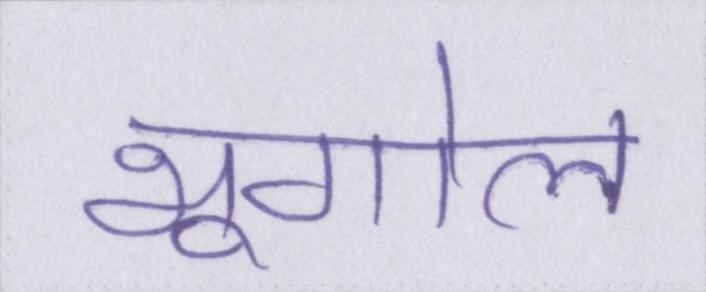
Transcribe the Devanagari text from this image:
भूगोल